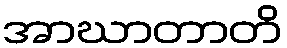
အာဃာတာတိ